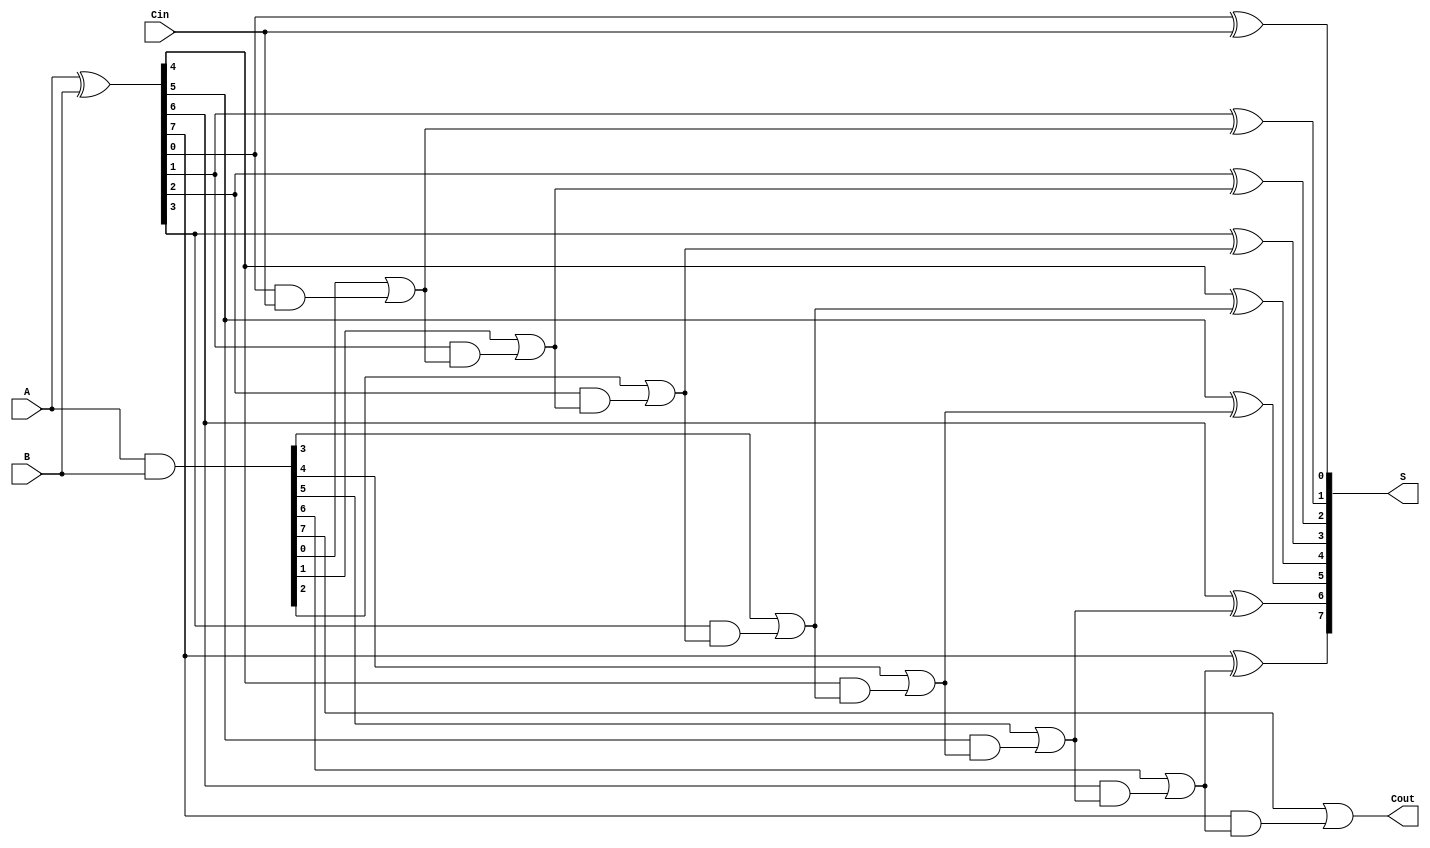
module KoggeStoneAdder #(parameter n = 8) (
    input [n-1:0] A,
    input [n-1:0] B,
    input Cin,
    output [n-1:0] S,
    output Cout
);
    // Intermediate signals
    wire [n-1:0] G; // Generate
    wire [n-1:0] P; // Propagate
    wire [n:0] C;   // Carry

    // Generate and Propagate signals
    assign G = A & B;       // Generate
    assign P = A ^ B;       // Propagate
    assign C[0] = Cin;      // Initial carry in

    // Carry generation (Kogge-Stone logic)
    genvar i, j;

    // Stage 1
    generate
        for (i = 0; i < n; i = i + 1) begin
            assign C[i + 1] = G[i] | (P[i] & C[i]);
        end
    endgenerate

    // Sum calculation
    generate
        for (i = 0; i < n; i = i + 1) begin
            assign S[i] = P[i] ^ C[i]; // Sum
        end
    endgenerate

    // Carry out
    assign Cout = C[n];

endmodule